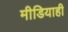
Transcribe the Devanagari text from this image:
मीडियाही